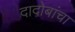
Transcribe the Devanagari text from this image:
दादोबांचा